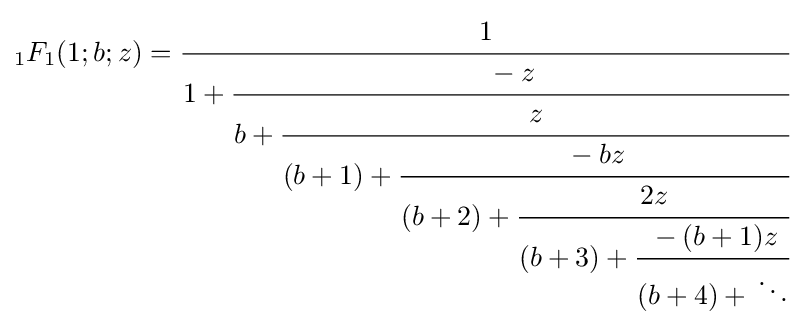
{}_{1}F_{1}(1;b;z)={\cfrac {1}{1+{\cfrac {-z}{b+{\cfrac {z}{(b+1)+{\cfrac {-bz}{(b+2)+{\cfrac {2z}{(b+3)+{\cfrac {-(b+1)z}{(b+4)+{}\ddots }}}}}}}}}}}}